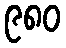
၉၈၀